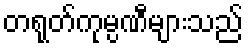
တရုတ်ကုမ္ပဏီများသည်